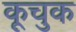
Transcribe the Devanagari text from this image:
कूचुक